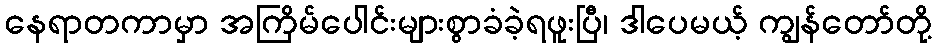
နေရာတကာမှာ အကြိမ်ပေါင်းများစွာခံခဲ့ရဖူးပြီ၊ ဒါပေမယ့် ကျွန်တော်တို့